Annual report of the Bengal Veterinary College and of the Civil Veterinary Department, Bengal, for the year 1909-1910 - 1909-1910
Year: 1909
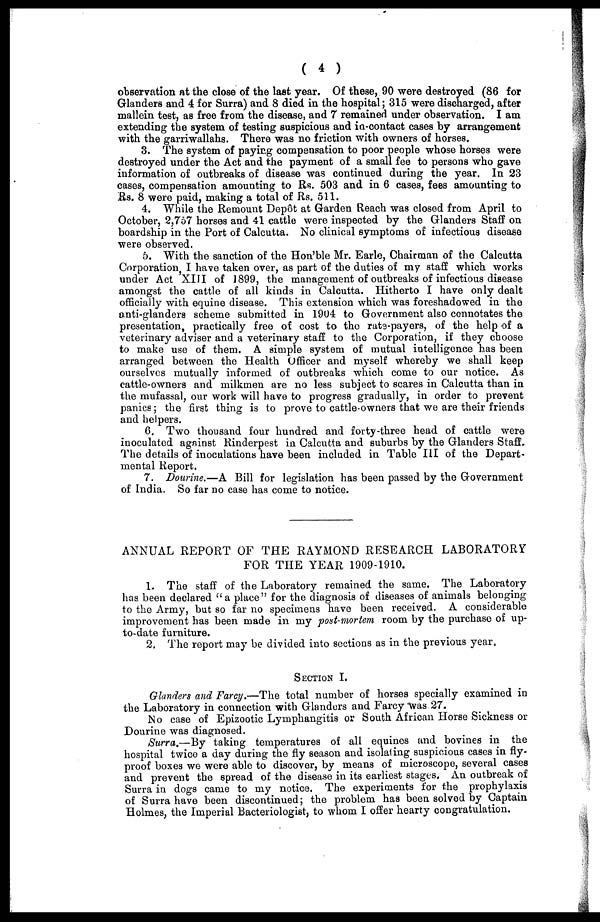
( 4 )
observation at the close of the last year. Of these, 90 were destroyed (86 for
Glanders and 4 for Surra) and 8 died in the hospital; 315 were discharged, after
mallein test, as free from the disease, and 7 remained under observation. I am
extending the system of testing suspicious and in-contact cases by arrangement
with the garriwallahs. There was no friction with owners of horses.
3. The system of paying compensation to poor people whose horses were
destroyed under the Act and the payment of a small fee to persons who gave
information of outbreaks of disease was continued during the year. In 23
cases, compensation amounting to Rs. 503 and in 6 cases, fees amounting to
Rs. 8 were paid, making a total of Rs. 511.
4. While the Remount Depôt at Garden Reach was closed from April to
October, 2,757 horses and 41 cattle were inspected by the Glanders Staff on
boardship in the Port of Calcutta. No clinical symptoms of infectious disease
were observed.
5. With the sanction of the Hon'ble Mr. Earle, Chairman of the Calcutta
Corporation, I have taken over, as part of the duties of my staff which works
under Act XIII of 1899, the management of outbreaks of infectious disease
amongst the cattle of all kinds in Calcutta. Hitherto I have only dealt
officially with equine disease. This extension which was foreshadowed in the
anti-glanders scheme submitted in 1904 to Government also connotates the
presentation, practically free of cost to the rate-payers, of the help of a
veterinary adviser and a veterinary staff to the Corporation, if they choose
to make use of them. A simple system of mutual intelligence has been
arranged between the Health Officer and myself whereby we shall keep
ourselves mutually informed of outbreaks which come to our notice. As
cattle-owners and milkmen are no less subject to scares in Calcutta than in
the mufassal, our work will have to progress gradually, in order to prevent
panics; the first thing is to prove to cattle-owners that we are their friends
and helpers.
6. Two thousand four hundred and forty-three head of cattle were
inoculated against Rinderpest in Calcutta and suburbs by the Glanders Staff.
The details of inoculations have been included in Table III of the Depart-
mental Report.
7. Dourine.—A Bill for legislation has been passed by the Government
of India. So far no case has come to notice.
ANNUAL REPORT OF THE RAYMOND RESEARCH LABORATORY
FOR THE YEAR 1909-1910.
1. The staff of the Laboratory remained the same. The Laboratory
has been declared "a place" for the diagnosis of diseases of animals belonging
to the Army, but so far no specimens have been received. A considerable
improvement has been made in my post-mortem room by the purchase of up-
to-date furniture.
2. The report may be divided into sections as in the previous year.
SECTION I.
Glanders and Farcy.—The total number of horses specially examined in
the Laboratory in connection with Glanders and Farcy was 27.
No case of Epizootic Lymphangitis or South African Horse Sickness or
Dourine was diagnosed.
Surra.—By taking temperatures of all equines and bovines in the
hospital twice a day during the fly season and isolating suspicious cases in fly-
proof boxes we were able to discover, by means of microscope, several cases
and prevent the spread of the disease in its earliest stages. An outbreak of
Surra in dogs came to my notice. The experiments for the prophylaxis
of Surra have been discontinued; the problem has been solved by Captain
Holmes, the Imperial Bacteriologist, to whom I offer hearty congratulation.